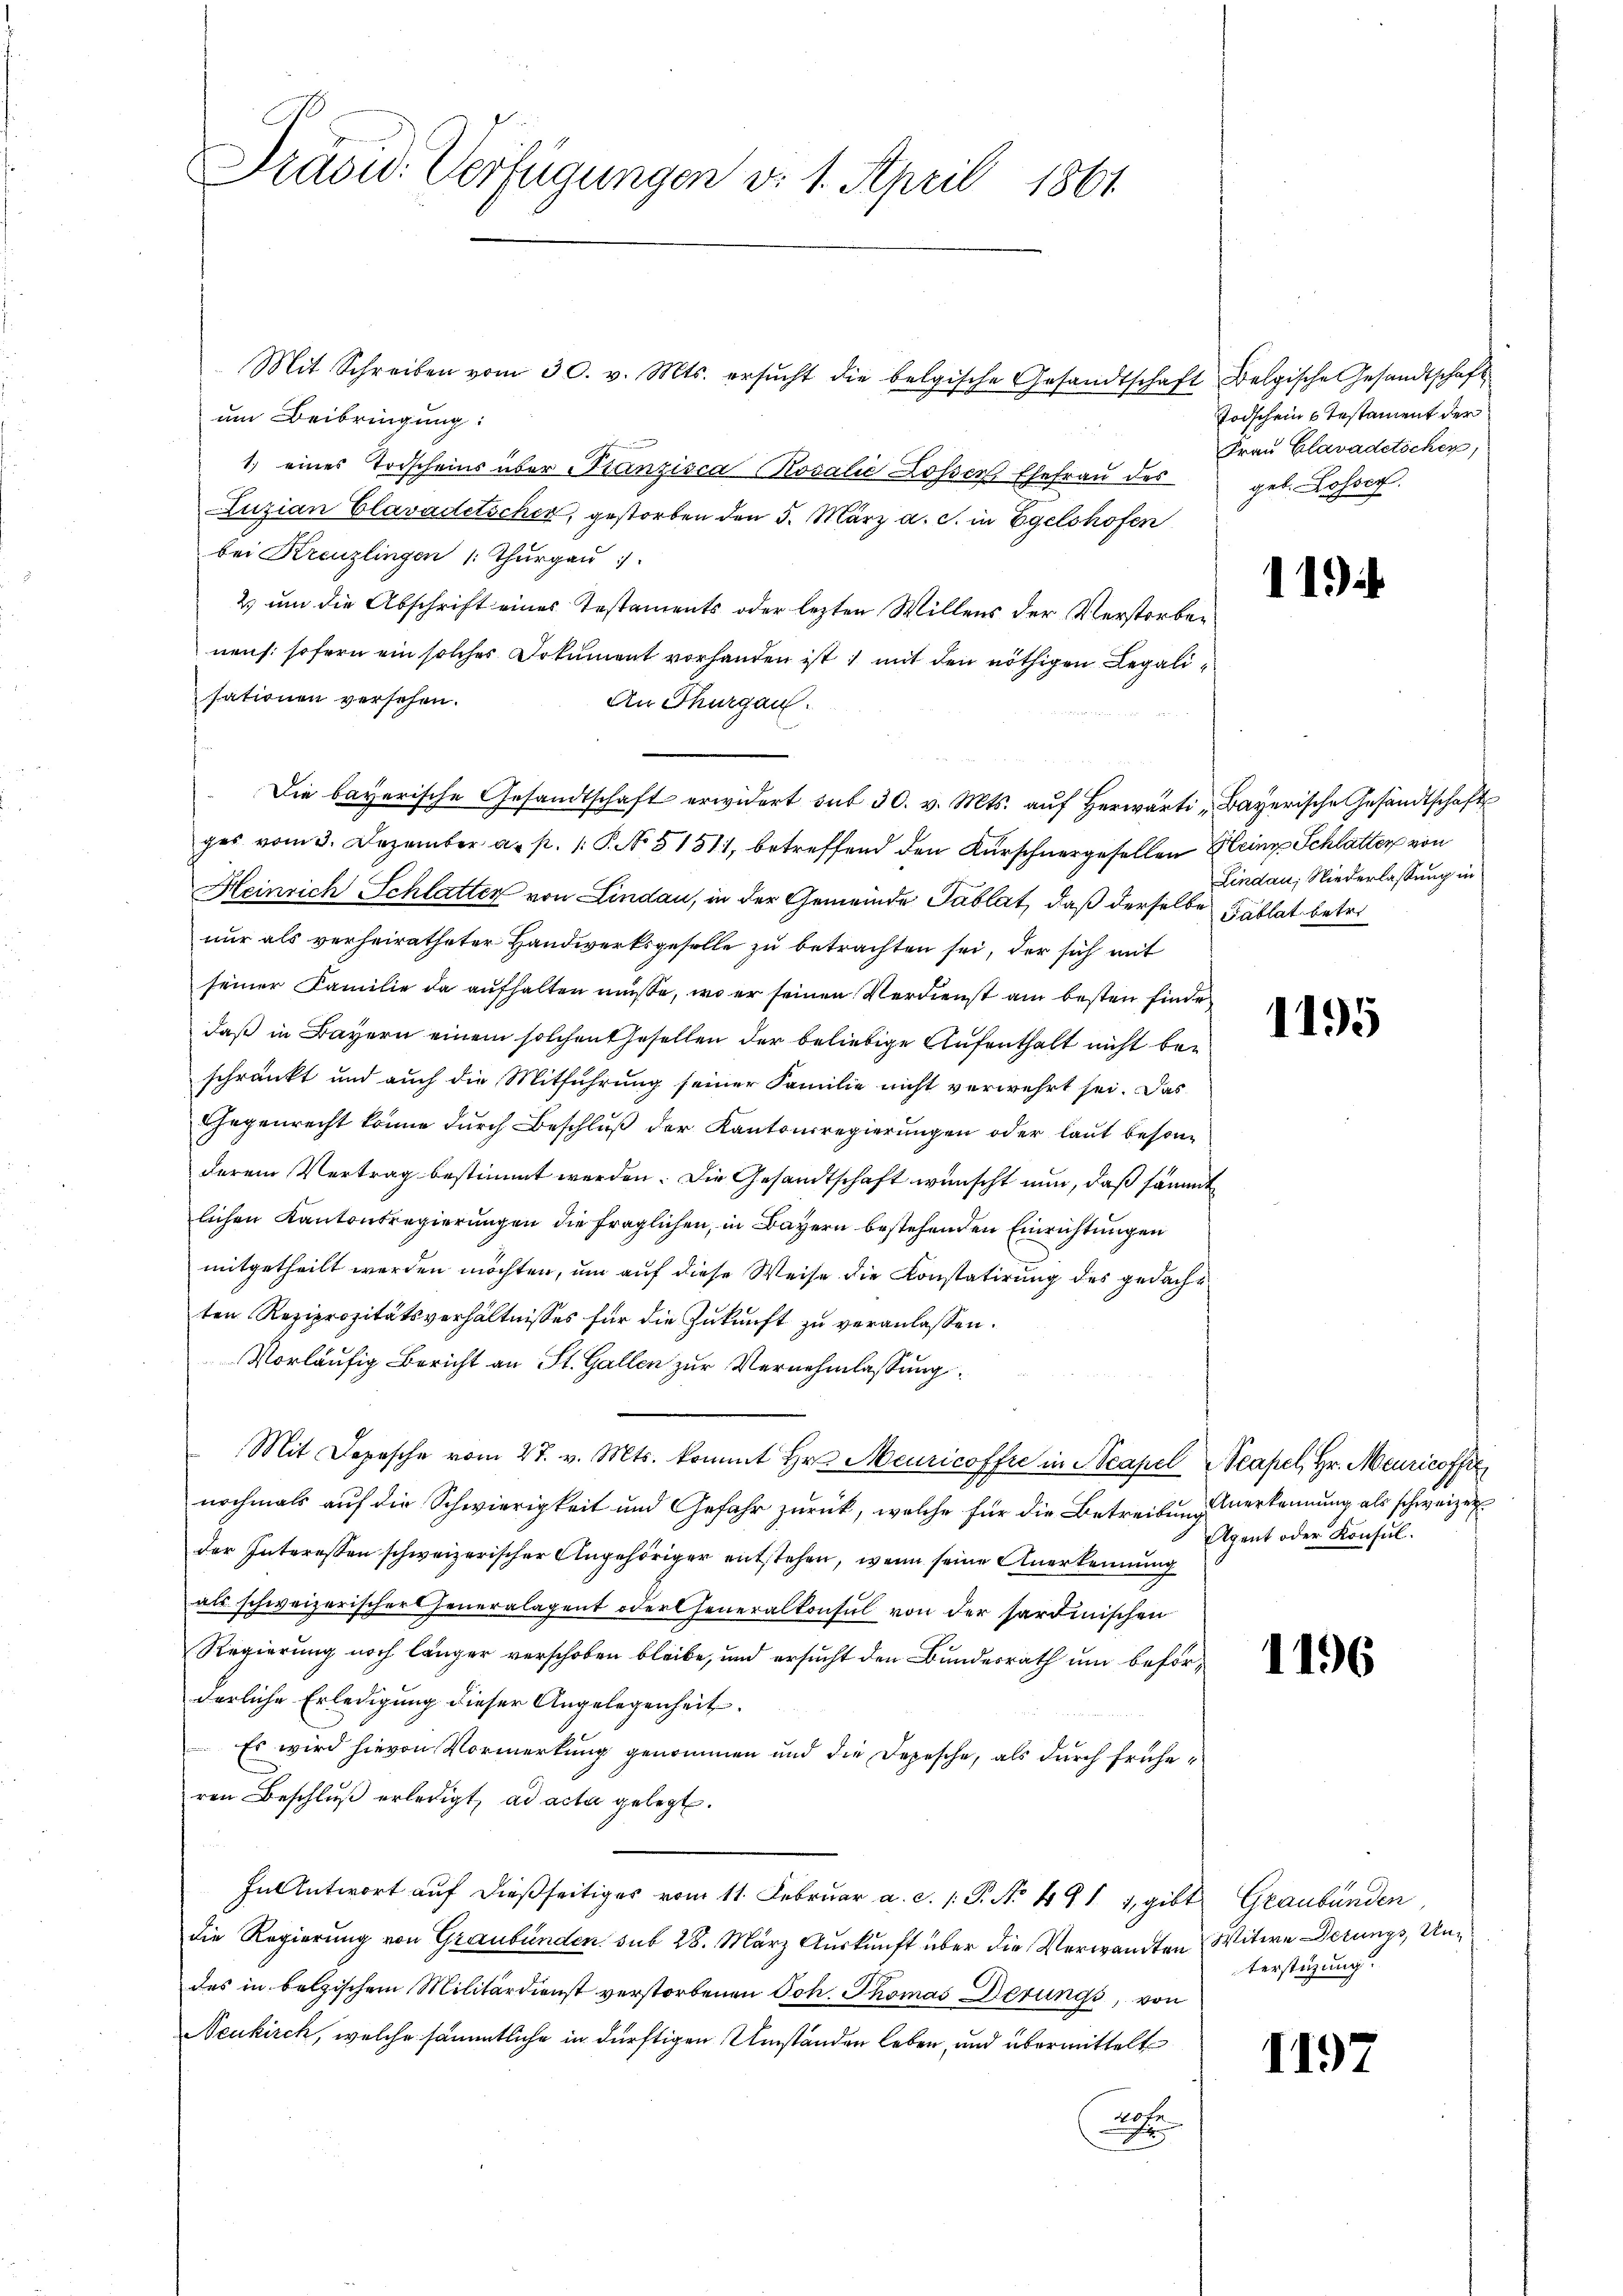
Präsid. Verfügungen d. 1. April 1861

um Beibringung:
1.) eines Todscheins über Franzisca Rosalić Losser Ehefrau des
Luzian Clavadetscher, gestorben den 5. März a. c. in Egelshofen
bei Kreuzlingen /: Thurgau
2 um die Abschrift eines Testaments oder lezten Willens der Verstorben
nens: sofern ein solches Dokument vorhanden ist: mit den nöthigen Legalisationen versehen.
An Thurgau.
Die bayerische Gesandtschaft erwidert mit 30. v. Mts. aŭf herwärti "Bayerische Gesandtschaft
ges vom 3. Dezember a. p. 1. P. No 51511, betreffend den Kürschnergesellen Heines Schlatter von
Heinrich Schlatten von Lindau, in der Gemeinde Tablat, daß derselbe ablat betre
nur als verheiratheter Handwerksgeselle zu betrachten sei, der sich mit
seiner Familie da aufhalten müsse, wo er seinen Verdienst am besten finde
daß in Bayern einem solchenthesellen der beliebige Aufenthalt nicht beschränkt und auch die Mitführung seiner Familie nicht verwehrt sei. Das
Gegenrecht könne durch Beschluß der Kantonsregierungen oder laut besonderem Vertrag bestimmt werden. Die Gesandtschaft wünscht nun, daß sämmt
lichen Kantonsregierungen die fraglichen, in Bayern bestehenden Einrichtungen
mitgetheilt werden möchten, um auf diese Weise die Konstatirung des gedacht
ten Reziprozitätsverhältnisses für die Zukunft zu veranlassen.
Vorläufig Bericht an St. Gallen zur Vernehmlassung.
Mit Depesche vom 27. v. Mts. kommt Hr. Meuricoffre in Neapel
nochmals auf die Schwierigkeit und Gefahr zurück, welche für die Betreibung erkennung als schweizer
der Interessen schweizerischer Angehöriger entstehen, wenn seine Anerkennung
als schweizerischer Generalagent oder Generalkonsul von der sardinischen
Regierung noch länger verschoben bleibe, und ersucht den Bundesrath und beförderliche Erledigung dieser Angelegenheit.
Es wird hievon Vormerkung genommen und die Depesche, als durch früheren Beschluß erledigt, ad acta gelegt.
In Antwort auf dießseitiges vom 11. Februar a. c. 1. P. No 491 1, gibt. Graubünden,
die Regierung von Graubünden sub 28. März Auskunft über die Verwandten Witwe Detungs, Undes in belgischem Militärdienst verstorbenen Joh. Thomas Derungs, von
Neukirch, welche sämmtliche in dürftigen Umständen leben, und übermittelt
2

Mit Schreiben vom 30. v. Mts. ersŭcht die belgische Gesandtschaft Belgische Gesandtschaft

Todschein Testament der
Frau Clavadetscher,
get. Losser.

119)

Lindau, Niederlassung in

1195

Scapel, Hr. Meuricoffe
Agent oder Konsul

1196

terstüzung.

1197